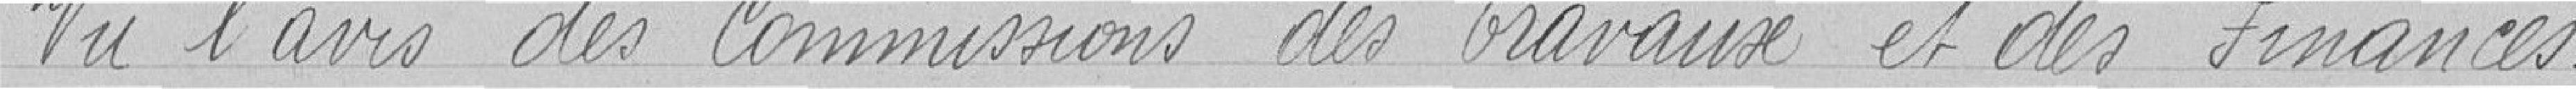
Vu l'avis des Commissions des Travaux et des Finances.